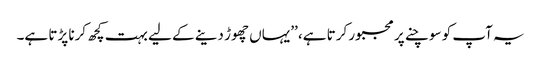
یہ آپ کو سوچنے پر مجبور کرتا ہے، ’’یہاں چھوڑ دینے کے لیے بہت کچھ کرنا پڑتا ہے۔